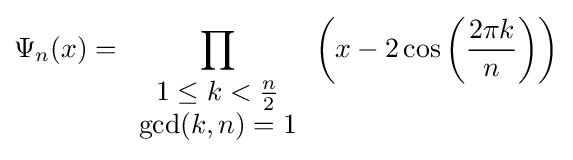
\Psi _{n}(x)=\displaystyle \prod _{\begin{array}{c}1\leq k<{\frac {n}{2}}\\\gcd(k,n)=1\end{array}}\left(x-2\cos \left({\frac {2\pi k}{n}}\right)\right)